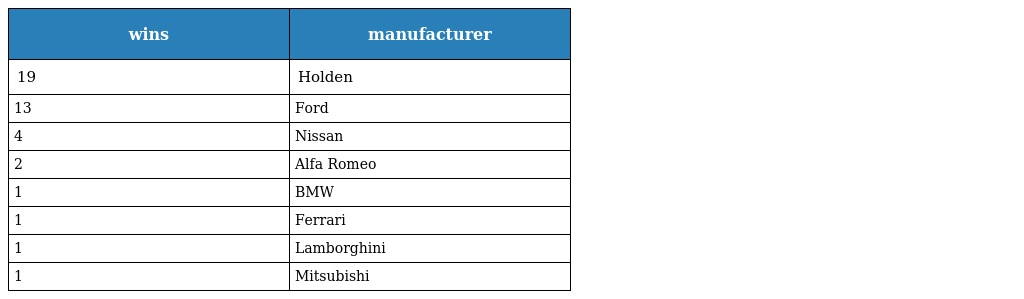
| wins | manufacturer |
 | --- | --- |
 | 19 | Holden |
 | 13 | Ford |
 | 4 | Nissan |
 | 2 | Alfa Romeo |
 | 1 | BMW |
 | 1 | Ferrari |
 | 1 | Lamborghini |
 | 1 | Mitsubishi |